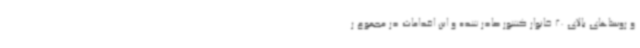
و روستاهای بالای 20 خانوار کشور صادر شده و این اقدامات در مجموع ر